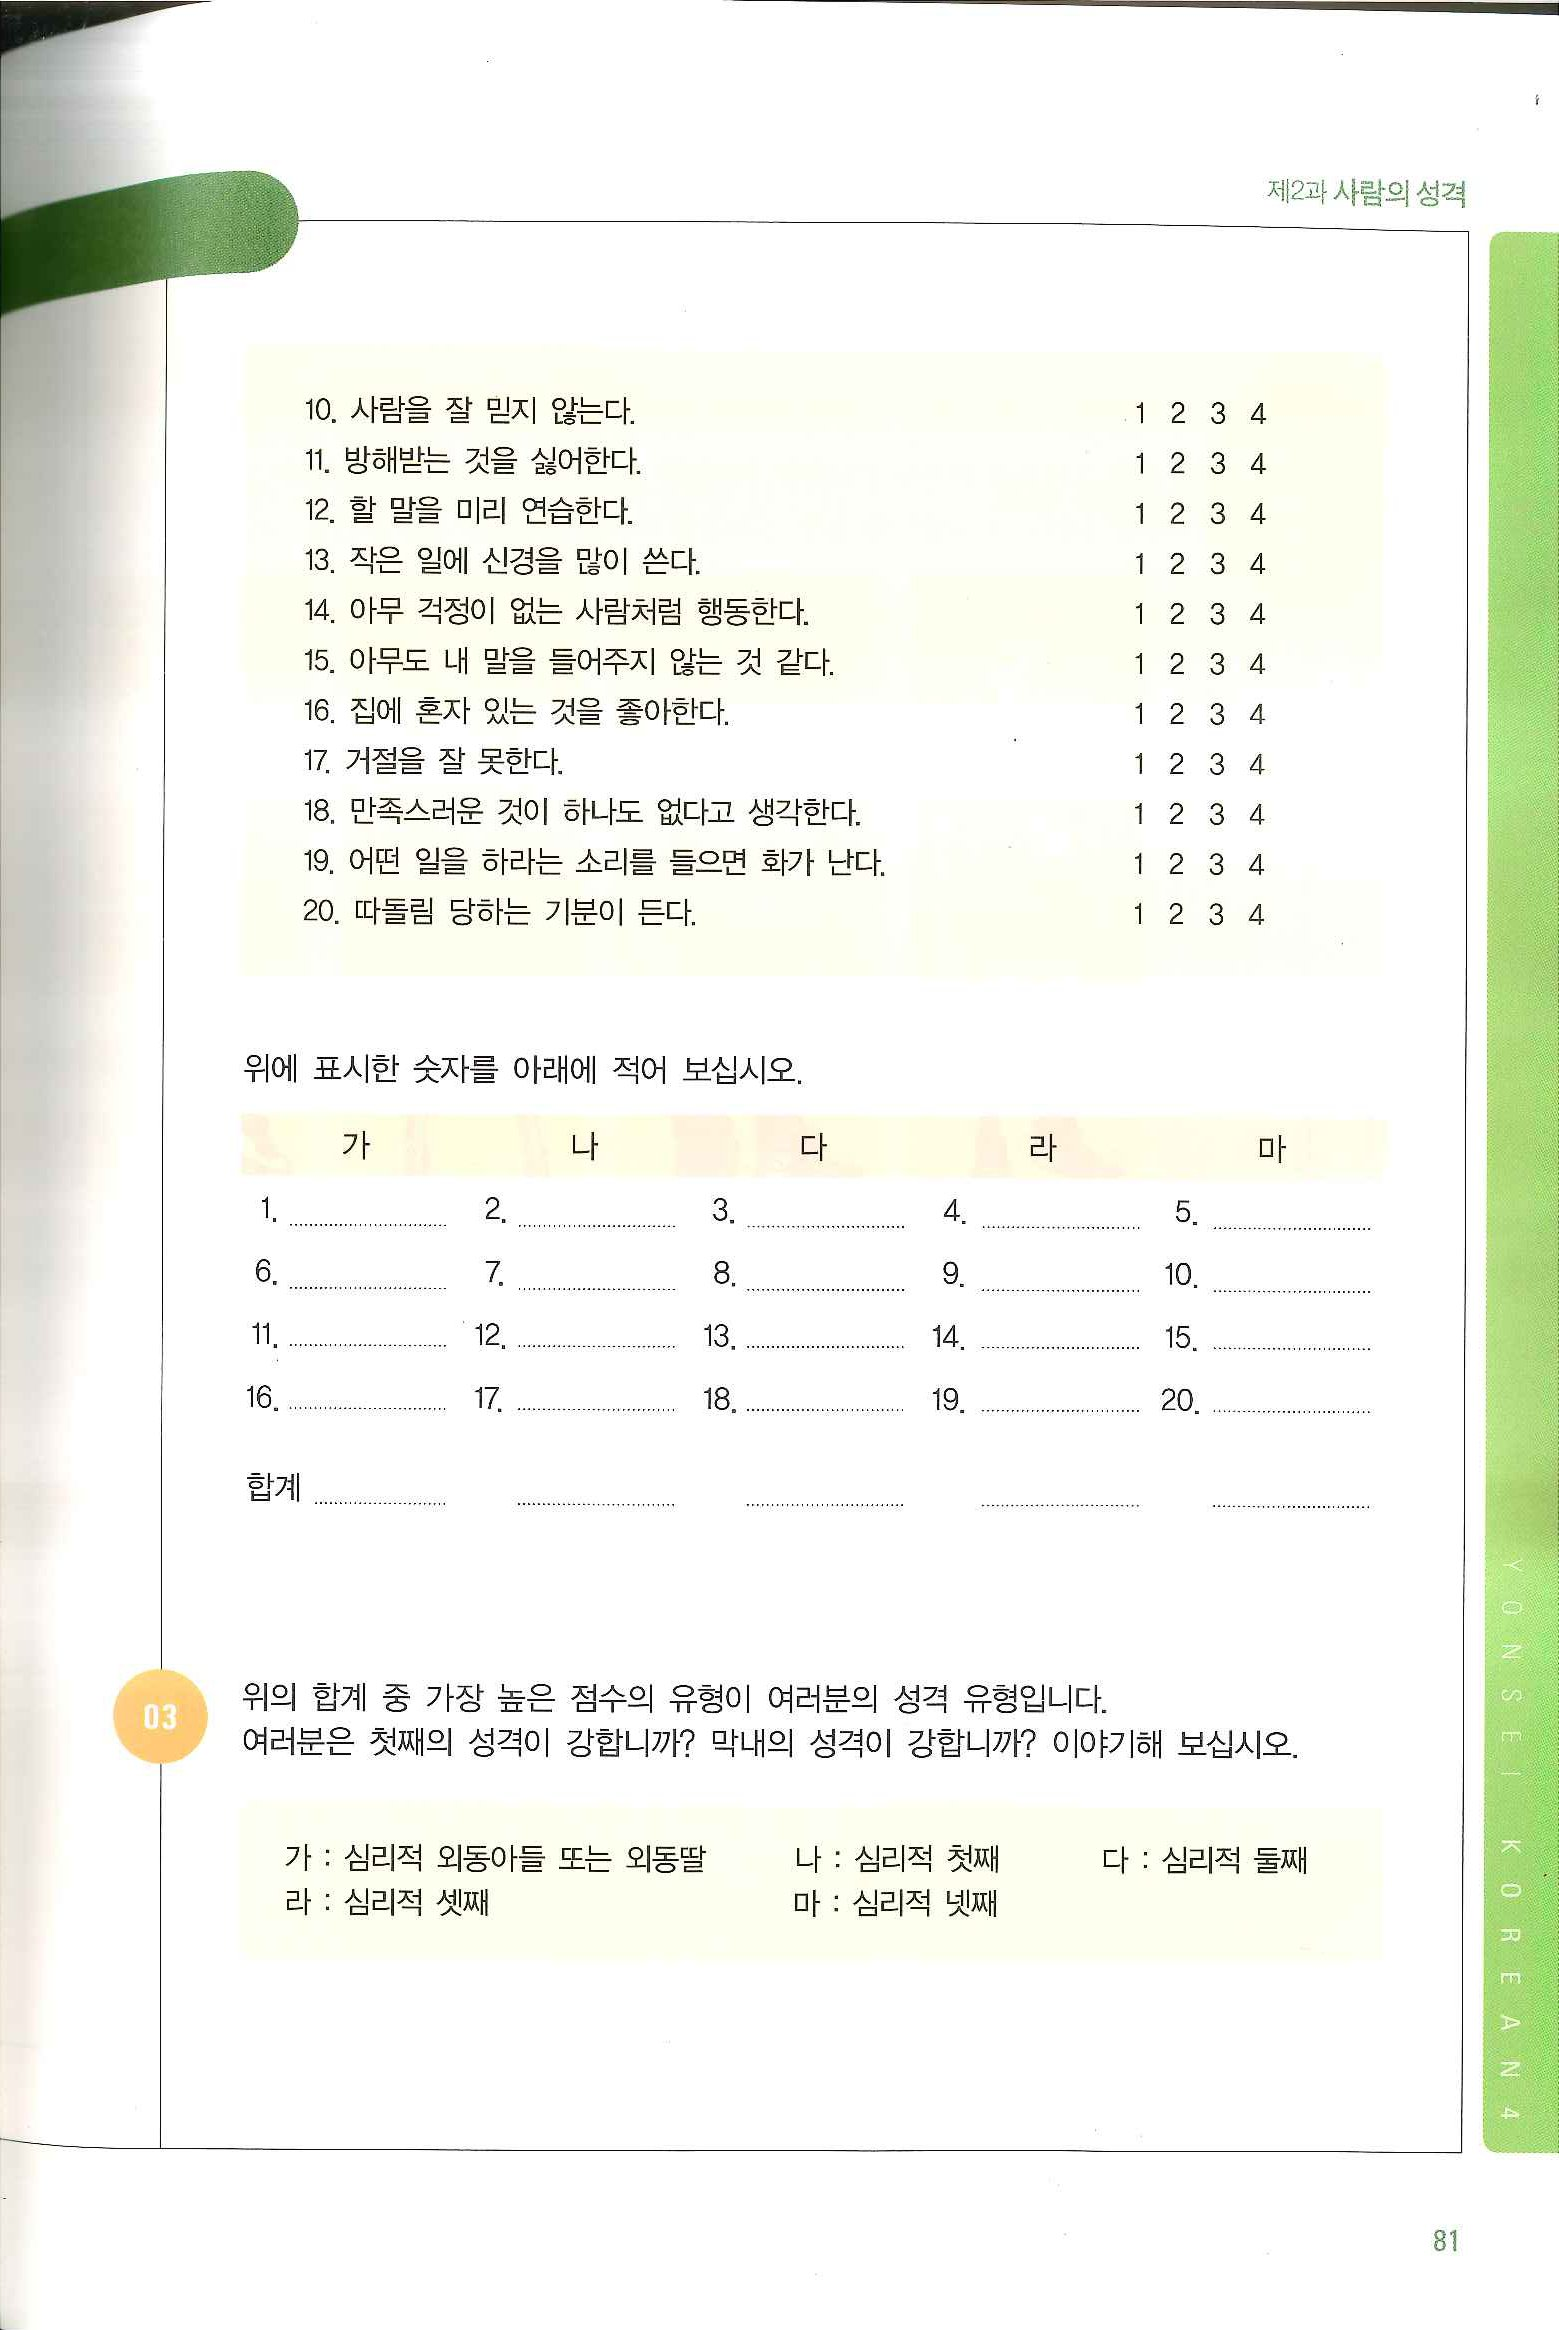
Language: ko